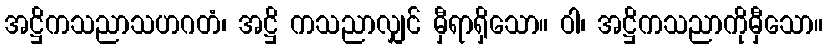
အဋ္ဌိကသညာသဟဂတံ၊ အဋ္ဌိ ကသညာလျှင် မှီရာရှိသော။ ဝါ၊ အဋ္ဌိကသညာကိုမှီသော။